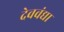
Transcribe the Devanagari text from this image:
देववंद्या